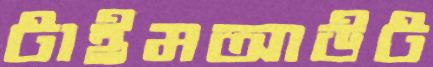
টাইমআউট